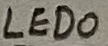
Text: LED0